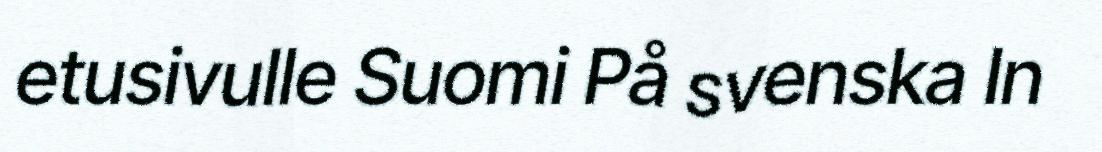
etusivulle Suomi På svenska In